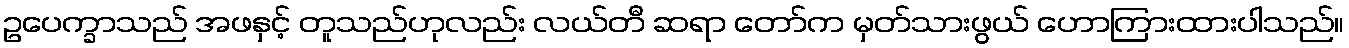
ဥပေက္ခာသည် အဖနှင့် တူသည်ဟုလည်း လယ်တီ ဆရာ တော်က မှတ်သားဖွယ် ဟောကြားထားပါသည်။